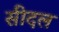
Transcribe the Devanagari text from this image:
सीदल